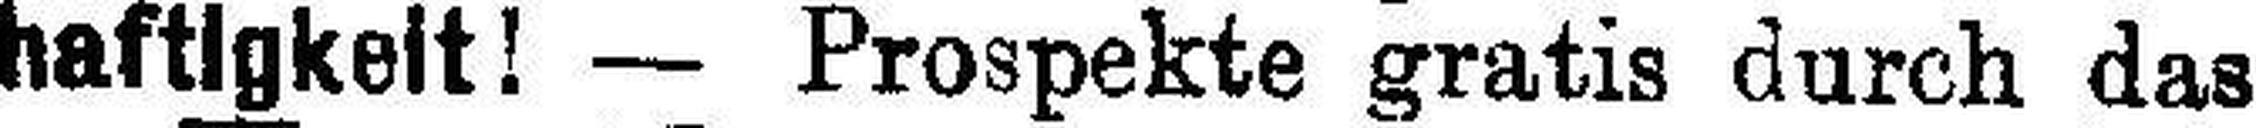
haftigkeit! — Prospekte gratis durch das